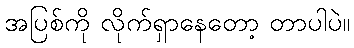
အပြစ်ကို လိုက်ရှာနေတော့ တာပါပဲ။